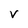
Character: V